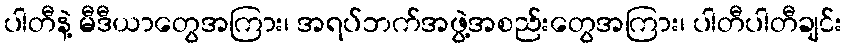
ပါတီနဲ့ မီဒီယာတွေအကြား၊ အရပ်ဘက်အဖွဲ့အစည်းတွေအကြား၊ ပါတီပါတီချင်း